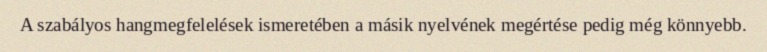
A szabályos hangmegfelelések ismeretében a másik nyelvének megértése pedig még könnyebb.